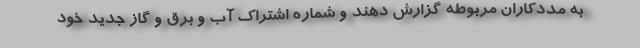
به مددکاران مربوطه گزارش دهند و شماره اشتراک آب و برق و گاز جدید خود